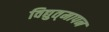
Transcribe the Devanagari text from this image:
विद्युत्‌मापन